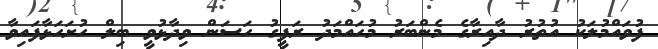
ފުވައްމުލަކު އުތުރު ދާއިރާގެ މެންބަރު މުހައްމަދު ރަފީގު ހަސަން ވިދާޅުވީ ބިލް ހުށަހަޅާފައިވާ